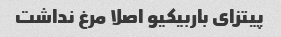
پیتزای باربیکیو اصلا مرغ نداشت